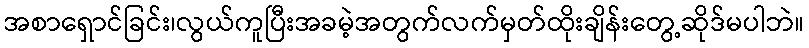
အစာရှောင်ခြင်း၊လွယ်ကူပြီးအခမဲ့အတွက်လက်မှတ်ထိုးချိန်းတွေ့ဆိုဒ်မပါဘဲ။